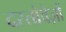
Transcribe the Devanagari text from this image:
दस्‍तोवेज़ों